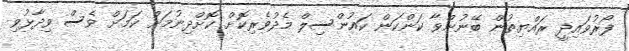
ފޯރުވައިދީ ރައްޔިތުން ބޭނުންވާ ކަންކަން ކައުންސިލް މެދުވެރިކޮށް ކޮށްދިނުމަށް ކަމަށް ވެސް ވިދާޅުވި